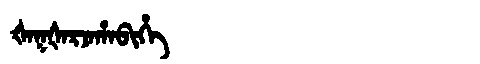
Manchu: ᡧᠠᡴᡧᠠᡵᠵᠠᡥᠠᠪᡳᡥᡝ
Romanization: ŠAKŠARJAHABIHE